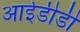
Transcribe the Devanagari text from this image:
आईडीडी